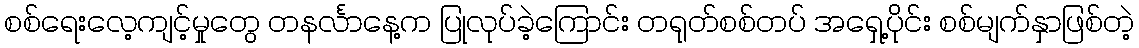
စစ်ရေးလေ့ကျင့်မှုတွေ တနင်္လာနေ့က ပြုလုပ်ခဲ့ကြောင်း တရုတ်စစ်တပ် အရှေ့ပိုင်း စစ်မျက်နှာဖြစ်တဲ့